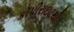
કૉપીરાઇટથી